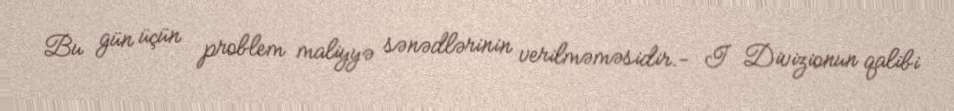
Bu gün üçün problem maliyyə sənədlərinin verilməməsidir.- I Divizionun qalibi